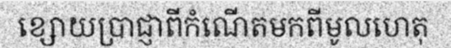
ខ្សោយប្រាជ្ញាពីកំណើតមកពីមូលហេតុ